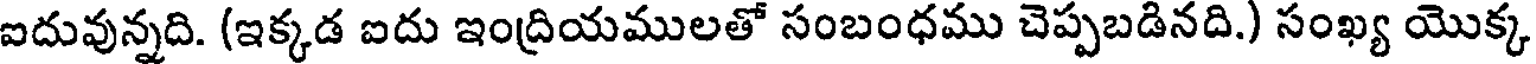
ఐదువున్నది. (ఇక్కడ ఐదు ఇంద్రియములతో సంబంధము చెప్పబడినది.) సంఖ్య యొక్క